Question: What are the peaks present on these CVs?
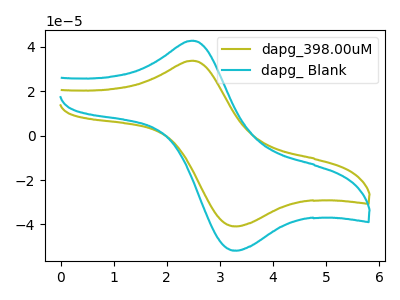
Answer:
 <answer>The olive curve "dapg_398.00uM" has an anodic peak at (2.50V, 33.75uA) and a cathodic peak at (3.35V, -40.80uA). The cyan curve "dapg_ Blank" has an anodic peak at (2.50V, 42.75uA) and a cathodic peak at (3.35V, -51.70uA).</answer>
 <eval></eval>